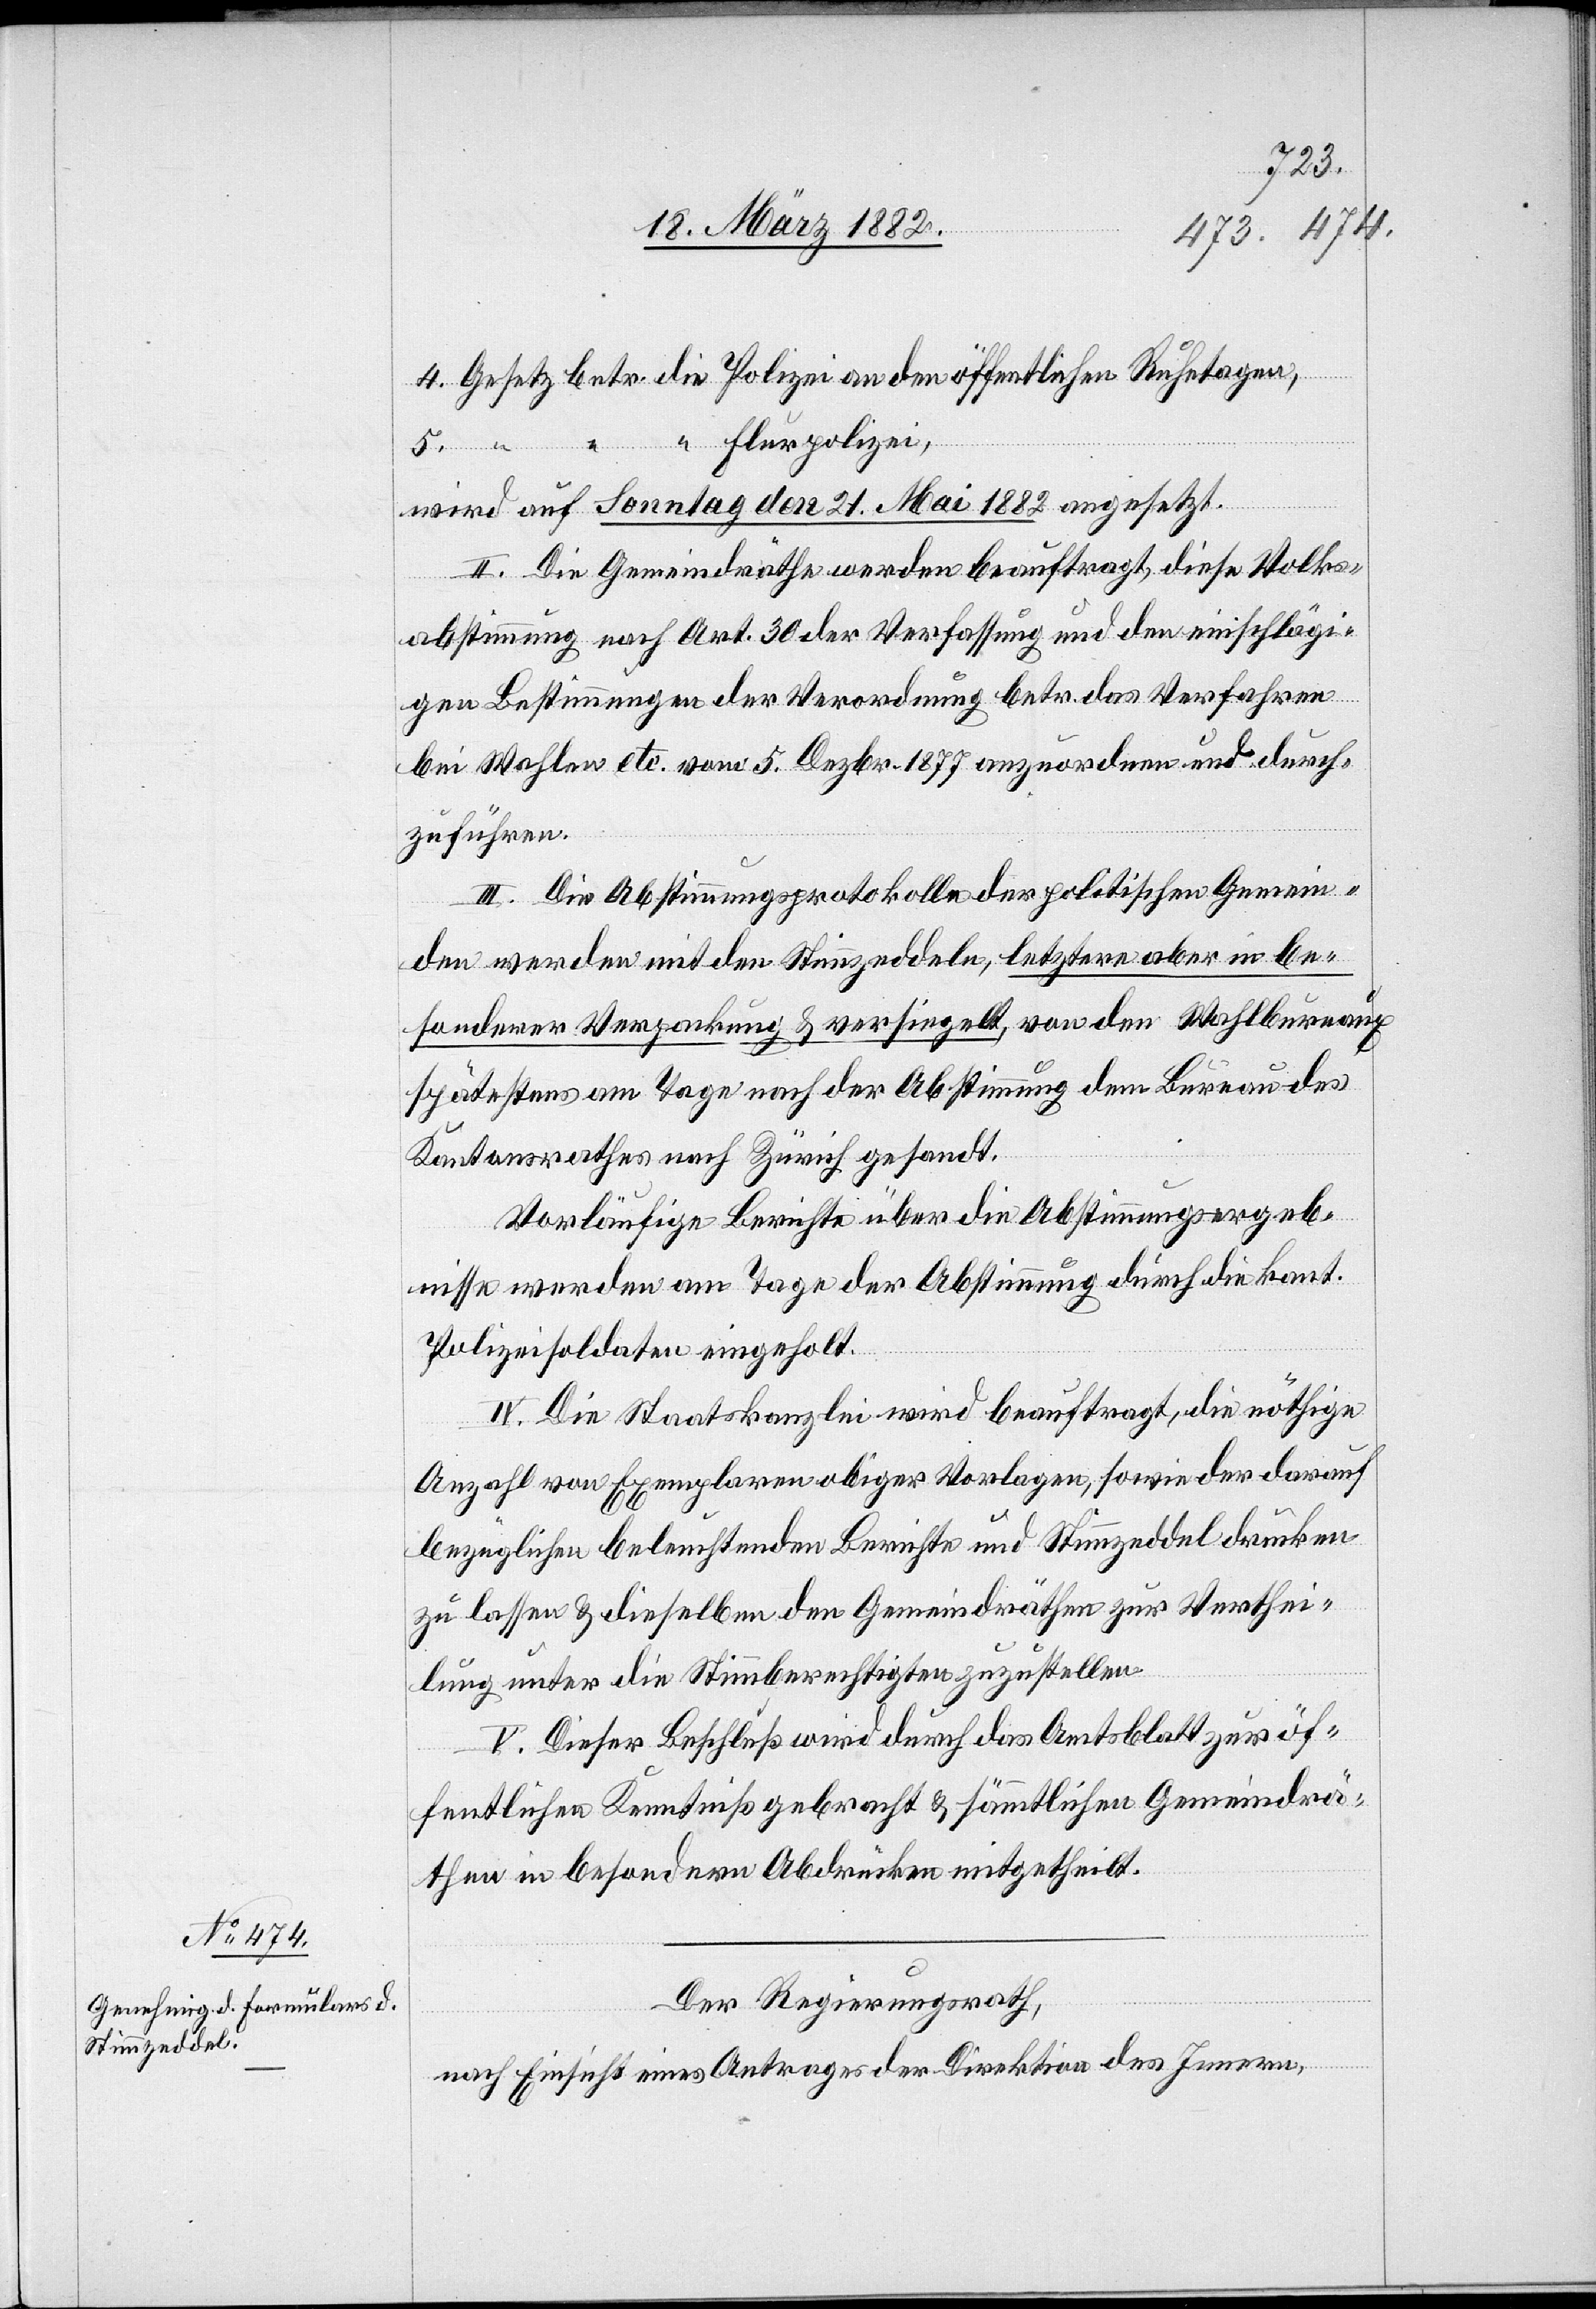
4. Gesetz betr. die Polizei an den öffentlichen Ruhetagen,
5. “ “ “ Flurpolizei,
wird auf Sonntag den 21. Mai 1882 angezeigt.
II. Die Gemeindräthe werden beauftragt, diese Volks¬
abstimmung nach Art. 30 der Verfassung und den einschlägi¬
gen Bestimmungen an der Verordnung betr. das Verfahren
bei Wahlen etc. vom 5. Dezbr. 1877 anzuordnen und durch¬
zuführen.
III. Die Abstimmungsprotokolle der politischen Gemein¬
de werden mit den Stimmzeddeln, letztern aber im be¬
sonderer Verpackung & versiegelt, von den Wahlbureaux
spätestens am Tage nach der Abstimmung dem Bureau des
Kantonsrathes nach Zürich gesandt.
Vorläufige Berichte über die Abstimmungsergeb¬
nisse werden am Tage der Abstimmung durch die kant.
Polizeisoldaten eingeholt.
IV. Die Staatskanzlei wird beauftragt, die nöthige
Anzahl von Exemplaren obiger Vorlagen, sowie der darauf
bezüglichen beleuchtenden Berichte und Stimmzeddel drucken
zu lassen & dieselben den Gemeindräthen zur Verthei¬
lung unter die Stimmberechtigen zuzustellen.
V. Dieser Beschluß wird durch das Amtsblatt zur öf¬
fentlichen Kenntniß gebracht & sämmtlichen Gemeindrä¬
then in besonderen Abdrücken mitgetheilt.
Der Regierungsrath,
nach Einsicht eines Antrages der Direktion des Innern,